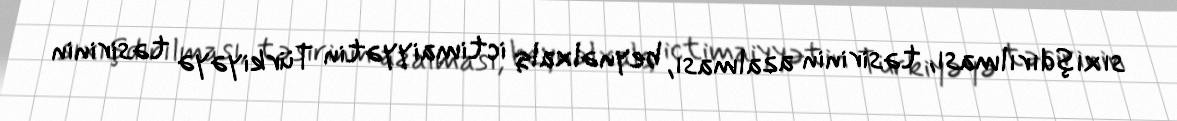
sıxışdırılması, təsirinin azalması, beynəlxalq ictimaiyyətin Türkiyəyə təsirinin